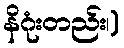
နိဂုံးတည်း၊)